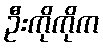
ဦးကိုကိုက